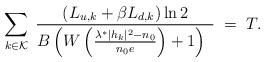
LaTeX: \begin{align*} \sum_{k \in \mathcal K} \; \frac{\left(L_{u,k}+\beta L_{d,k}\right) \ln2}{B \left(W\left(\frac{\lambda^* |h_k|^2 - n_0}{n_0 e}\right) + 1 \right)~} \; = \; T.\end{align*}